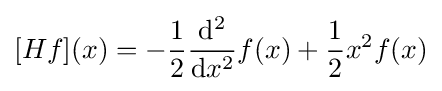
[Hf](x)=-{\frac {1}{2}}{\frac {\mathrm {d} ^{2}}{\mathrm {d} x^{2}}}f(x)+{\frac {1}{2}}x^{2}f(x)